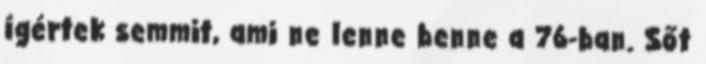
ígértek semmit, ami ne lenne benne a 76-ban. Sőt